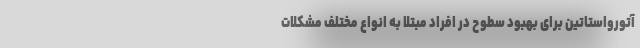
آتورواستاتین برای بهبود سطوح در افراد مبتلا به انواع مختلف مشکلات